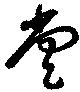
堂